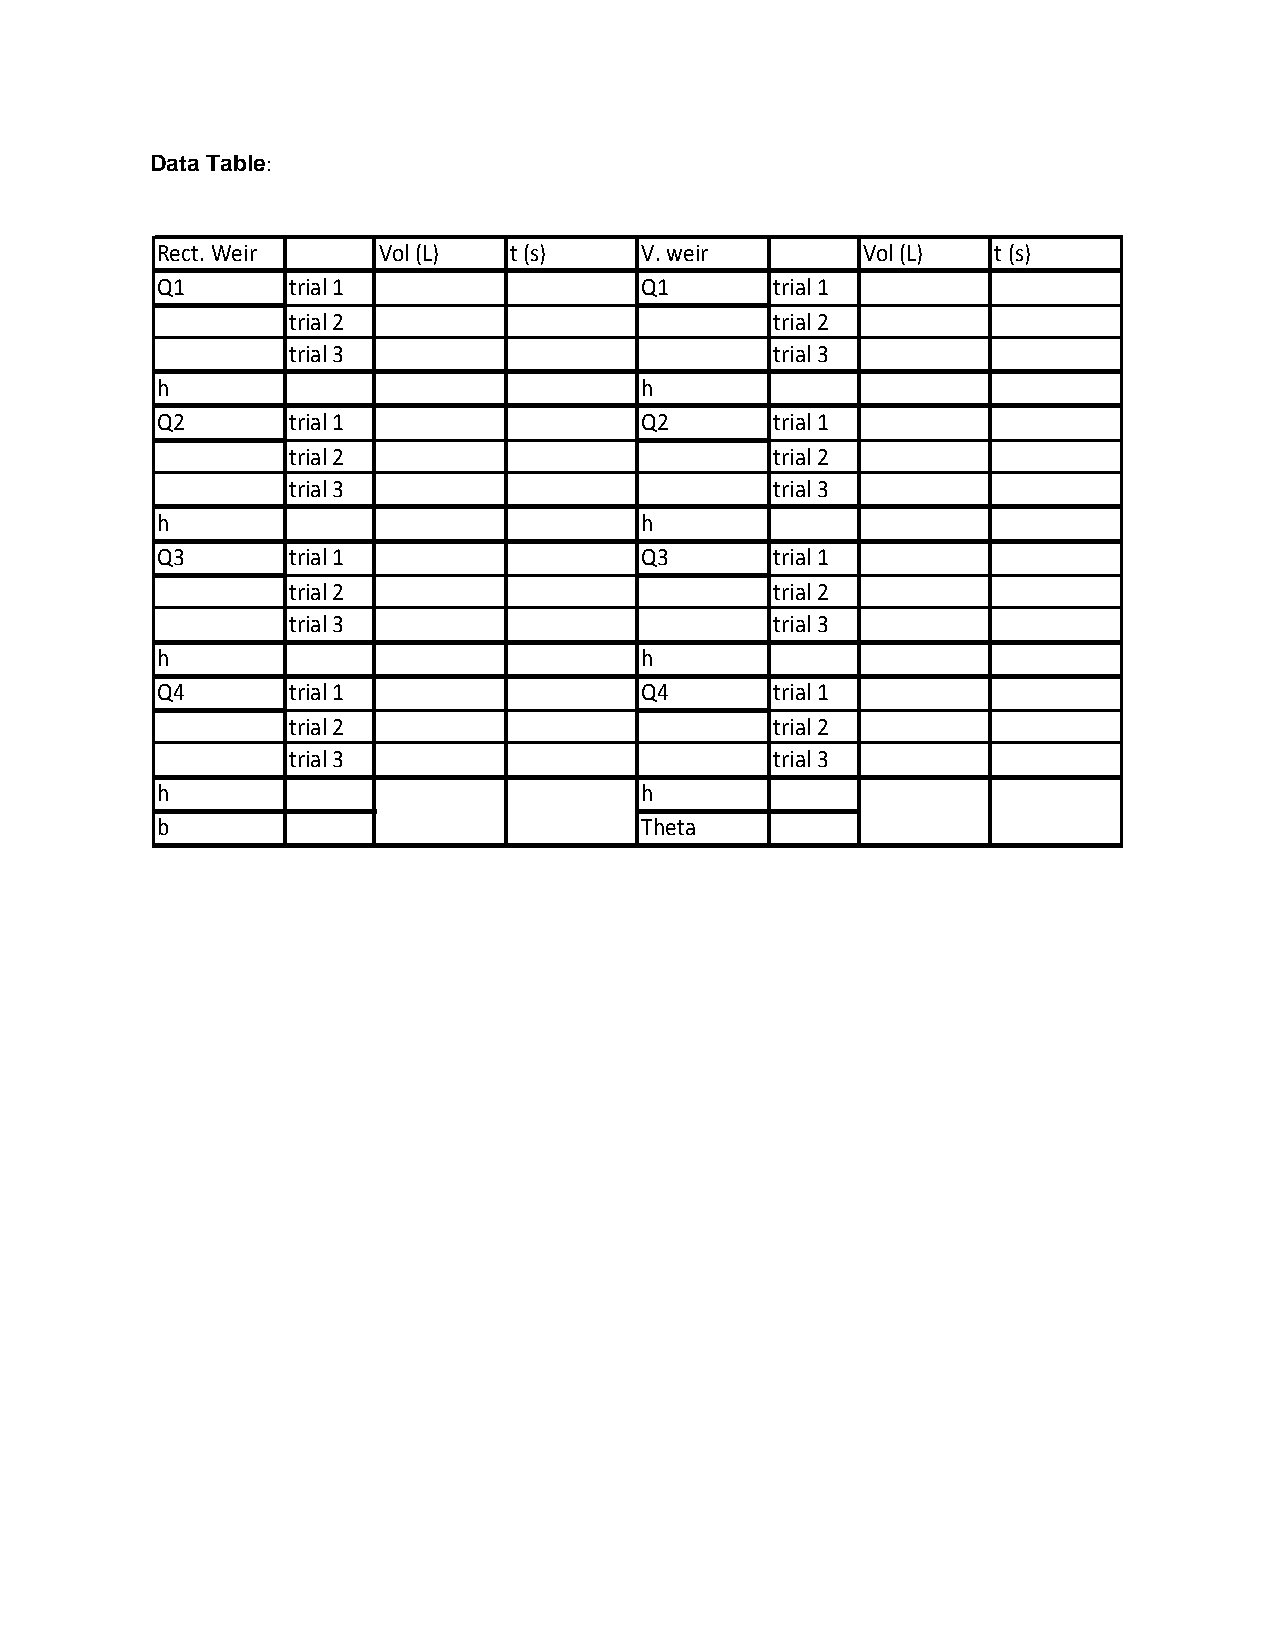
Data Table:
 Rect. Weir     Vol (L)  t (s)   V. weir        Vol (L)  t (s)
 Q1       trial 1                Q1       trial 1
 trial 2                         trial 2
 trial 3                         trial 3
 h                               h
 Q2       trial 1                Q2       trial 1
 trial 2                         trial 2
 trial 3                         trial 3
 h                               h
 Q3       trial 1                Q3       trial 1
 trial 2                         trial 2
 trial 3                         trial 3
 h                               h
 Q4       trial 1                Q4       trial 1
 trial 2                         trial 2
 trial 3                         trial 3
 h                               h
 b                               Theta